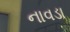
નાવડા